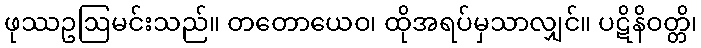
ဖုဿဥဩမင်းသည်။ တတောယေဝ၊ ထိုအရပ်မှသာလျှင်။ ပဋိနိဝတ္တိ၊